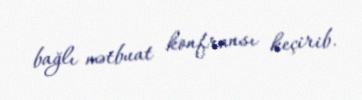
bağlı mətbuat konfransı keçirib.